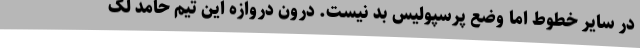
در سایر خطوط اما وضع پرسپولیس بد نیست. درون دروازه این تیم حامد لک